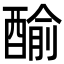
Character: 䤅